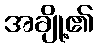
အချို့၏